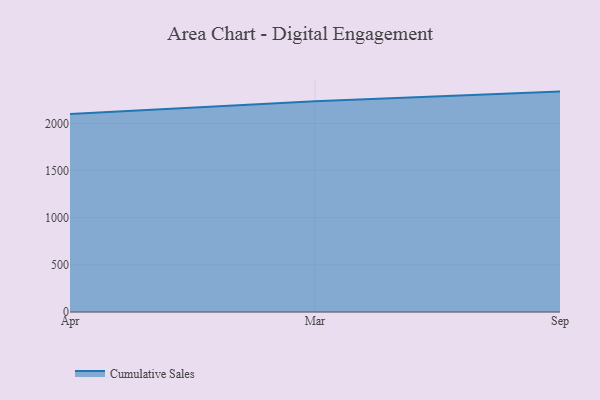
{"axis": {"x": "Month", "y": "Energy Usage (MWh)"}, "legend": ["Cumulative Sales"], "data": [{"x": "Apr", "y": 2099.4, "type": "Cumulative Sales"}, {"x": "Mar", "y": 2233.9, "type": "Cumulative Sales"}, {"x": "Sep", "y": 2337.4, "type": "Cumulative Sales"}]}